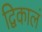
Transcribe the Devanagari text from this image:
द्विकालं